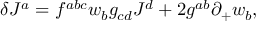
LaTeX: \delta J ^ { a } = f ^ { a b c } w _ { b } g _ { c d } J ^ { d } + 2 g ^ { a b } \partial _ { + } w _ { b } ,